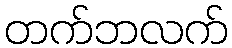
တက်ဘလက်